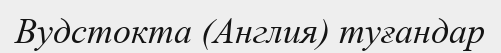
Вудстокта (Англия) туғандар